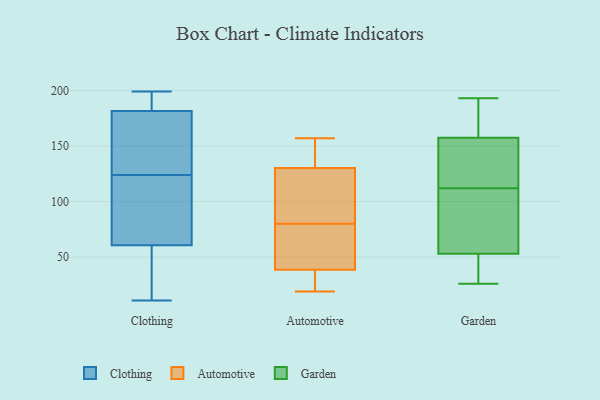
{"axis": {"x": "Customer Acquisition Cost (USD)", "y": "Value"}, "legend": ["Automotive", "Clothing", "Garden"], "data": [{"x": "", "y": 45, "type": "Clothing"}, {"x": "", "y": 11, "type": "Clothing"}, {"x": "", "y": 78, "type": "Clothing"}, {"x": "", "y": 151, "type": "Clothing"}, {"x": "", "y": 55, "type": "Clothing"}, {"x": "", "y": 99, "type": "Clothing"}, {"x": "", "y": 188, "type": "Clothing"}, {"x": "", "y": 182, "type": "Clothing"}, {"x": "", "y": 124, "type": "Clothing"}, {"x": "", "y": 199, "type": "Clothing"}, {"x": "", "y": 180, "type": "Clothing"}, {"x": "", "y": 19, "type": "Automotive"}, {"x": "", "y": 43, "type": "Automotive"}, {"x": "", "y": 25, "type": "Automotive"}, {"x": "", "y": 110, "type": "Automotive"}, {"x": "", "y": 75, "type": "Automotive"}, {"x": "", "y": 45, "type": "Automotive"}, {"x": "", "y": 22, "type": "Automotive"}, {"x": "", "y": 80, "type": "Automotive"}, {"x": "", "y": 126, "type": "Automotive"}, {"x": "", "y": 103, "type": "Automotive"}, {"x": "", "y": 157, "type": "Automotive"}, {"x": "", "y": 143, "type": "Automotive"}, {"x": "", "y": 148, "type": "Automotive"}, {"x": "", "y": 112, "type": "Garden"}, {"x": "", "y": 26, "type": "Garden"}, {"x": "", "y": 128, "type": "Garden"}, {"x": "", "y": 153, "type": "Garden"}, {"x": "", "y": 65, "type": "Garden"}, {"x": "", "y": 137, "type": "Garden"}, {"x": "", "y": 49, "type": "Garden"}, {"x": "", "y": 173, "type": "Garden"}, {"x": "", "y": 102, "type": "Garden"}, {"x": "", "y": 189, "type": "Garden"}, {"x": "", "y": 193, "type": "Garden"}, {"x": "", "y": 159, "type": "Garden"}, {"x": "", "y": 116, "type": "Garden"}, {"x": "", "y": 69, "type": "Garden"}, {"x": "", "y": 35, "type": "Garden"}, {"x": "", "y": 183, "type": "Garden"}, {"x": "", "y": 26, "type": "Garden"}, {"x": "", "y": 49, "type": "Garden"}, {"x": "", "y": 68, "type": "Garden"}]}